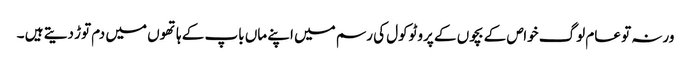
ورنہ تو عام لوگ خواص کے بچوں کے پروٹوکول کی رسم میں اپنے ماں باپ کے ہاتھوں میں دم توڑ دیتے ہیں ۔